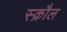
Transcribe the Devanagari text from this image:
स्क्रौल